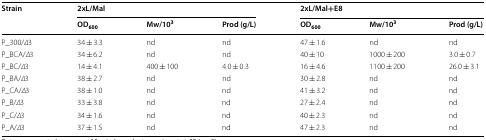
<table><thead><tr><td rowspan="2"><b>Strain</b></td><td colspan="3"><b>2xL/Mal</b></td><td colspan="3"><b>2xL/Mal+E8</b></td></tr><tr><td><b>OD<sub>600</sub></b></td><td><b>Mw/10<sup>3</sup></b></td><td><b>Prod (g/L)</b></td><td><b>OD<sub>600</sub></b></td><td><b>Mw/10<sup>3</sup></b></td><td><b>Prod (g/L)</b></td></tr></thead><tbody><tr><td>P_300/<i>∆</i>3</td><td>34 ± 3.3</td><td>nd</td><td>nd</td><td>47 ± 1.6</td><td>nd</td><td>nd</td></tr><tr><td>P_BCA/<i>∆</i>3</td><td>34 ± 6.2</td><td>nd</td><td>nd</td><td>40 ± 10</td><td>1000 ± 200</td><td>3.0 ± 0.7</td></tr><tr><td>P_BC/<i>∆</i>3</td><td>14 ± 4.1</td><td>400 ± 100</td><td>4.0 ± 0.3</td><td>16 ± 4.6</td><td>1100 ± 200</td><td>26.0 ± 3.1</td></tr><tr><td>P_BA/<i>∆</i>3</td><td>38 ± 2.7</td><td>nd</td><td>nd</td><td>30 ± 2.8</td><td>nd</td><td>nd</td></tr><tr><td>P_CA/<i>∆</i>3</td><td>38 ± 1.0</td><td>nd</td><td>nd</td><td>41 ± 3.2</td><td>nd</td><td>nd</td></tr><tr><td>P_B/<i>∆</i>3</td><td>33 ± 3.8</td><td>nd</td><td>nd</td><td>27 ± 2.4</td><td>nd</td><td>nd</td></tr><tr><td>P_C/<i>∆</i>3</td><td>34 ± 1.6</td><td>nd</td><td>nd</td><td>40 ± 2.3</td><td>nd</td><td>nd</td></tr><tr><td>P_A/<i>∆</i>3</td><td>37 ± 1.5</td><td>nd</td><td>nd</td><td>47 ± 2.3</td><td>nd</td><td>nd</td></tr></tbody></table>